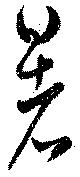
暑